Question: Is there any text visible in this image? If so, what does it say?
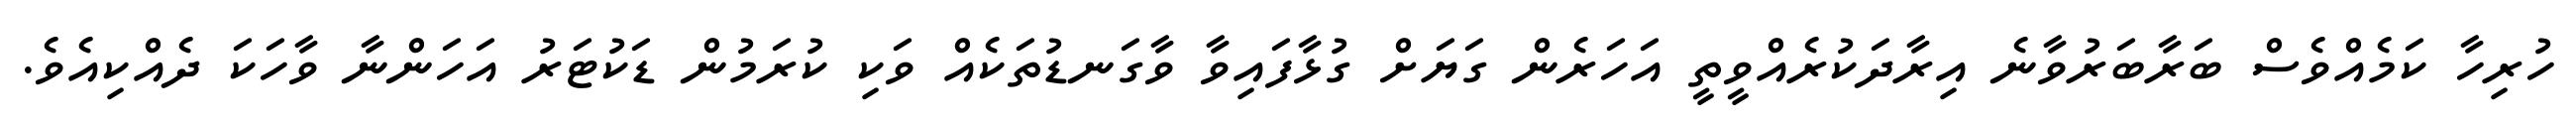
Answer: ހުރިހާ ކަމެއްވެސް ބަރާބަރުވާނެ އިރާދަކުރެއްވީތީ އަހަރެން ގަޔަށް ގުޅާފައިވާ ވާގަނޑުތަކެއް ވަކި ކުރަމުން ޑަކުޓަރު އަހަންނާ ވާހަކަ ދެއްކިއެވެ.